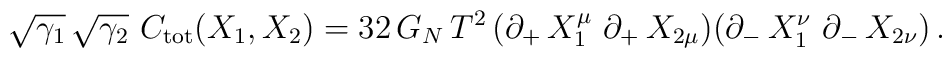
\sqrt{\gamma_1} \, \sqrt{\gamma_2} \ C_{\rm tot} (X_1 , X_2) = 32 \, G_N\, T^2 \, (\partial_+ \, X_1^{\mu} \ \partial_+ \, X_{2 \mu})(\partial_- \, X_1^{\nu} \ \partial_- \, X_{2 \nu}) \, .